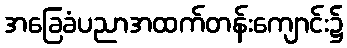
အခြေခံပညာအထက်တန်းကျောင်း၌